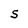
Character: S